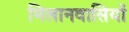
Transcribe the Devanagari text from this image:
मिलानवासियों